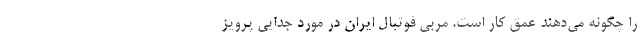
را چگونه می‌دهند عمق کار است. مربی فوتبال ایران در مورد جدایی پرویز